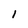
Character: 1